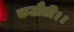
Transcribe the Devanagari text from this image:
कठौती।।